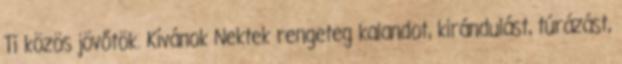
Ti közös jövőtök. Kívánok Nektek rengeteg kalandot, kirándulást, túrázást,